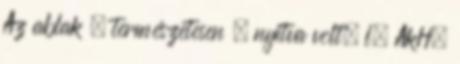
Az ablak – természetesen – nyitva volt, l. AkH.